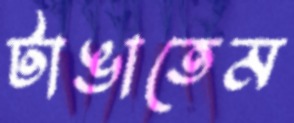
টাঙাতেম